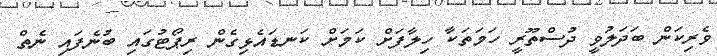
ވެރިކަން ބަދަލުވީ ދުސްތޫރީ ހަމަތަކާ ހިލާފަށް ކަމަށް ކަނޑައެޅިގެން ރިޕޯޓުގައި ބުނެފައި ނެތް